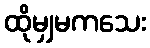
ထိုမျှမကသေး